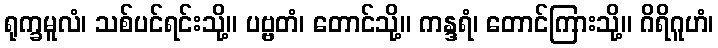
ရုက္ခမူလံ၊ သစ်ပင်ရင်းသို့။ ပဗ္ဗတံ၊ တောင်သို့။ ကန္ဒရံ၊ တောင်ကြားသို့။ ဂိရိဂူဟံ၊